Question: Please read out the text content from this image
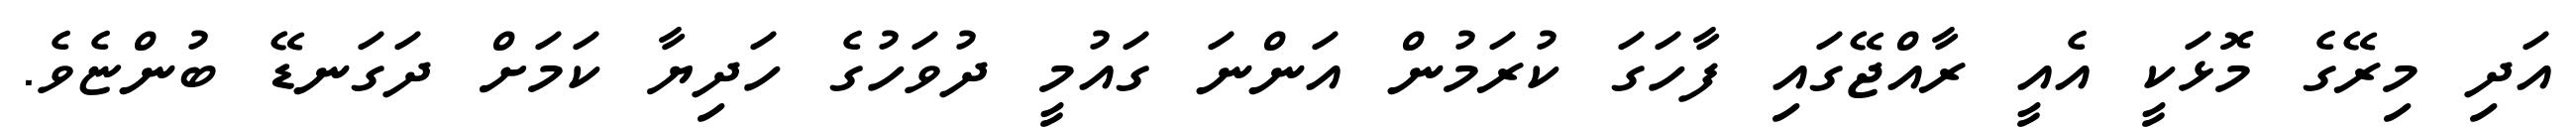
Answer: އަދި މިރޭގެ މޮޅަކީ އެއީ ރާއްޖޭގައި ފާހަގަ ކުރަމުން އަންނަ ގައުމީ ދުވަހުގެ ހަދިޔާ ކަމަށް ދަގަނޑޭ ބުންޏެވެ.